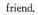
friend.